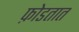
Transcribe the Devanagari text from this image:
फ़ोडतात